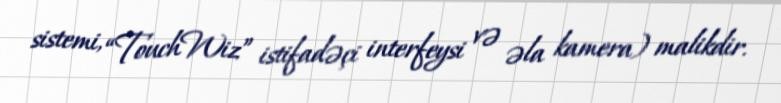
sistemi, “TouchWiz” istifadəçi interfeysi və əla kamera) malikdir.